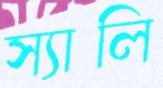
স্যালি